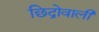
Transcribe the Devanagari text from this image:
छिद्रोवाली